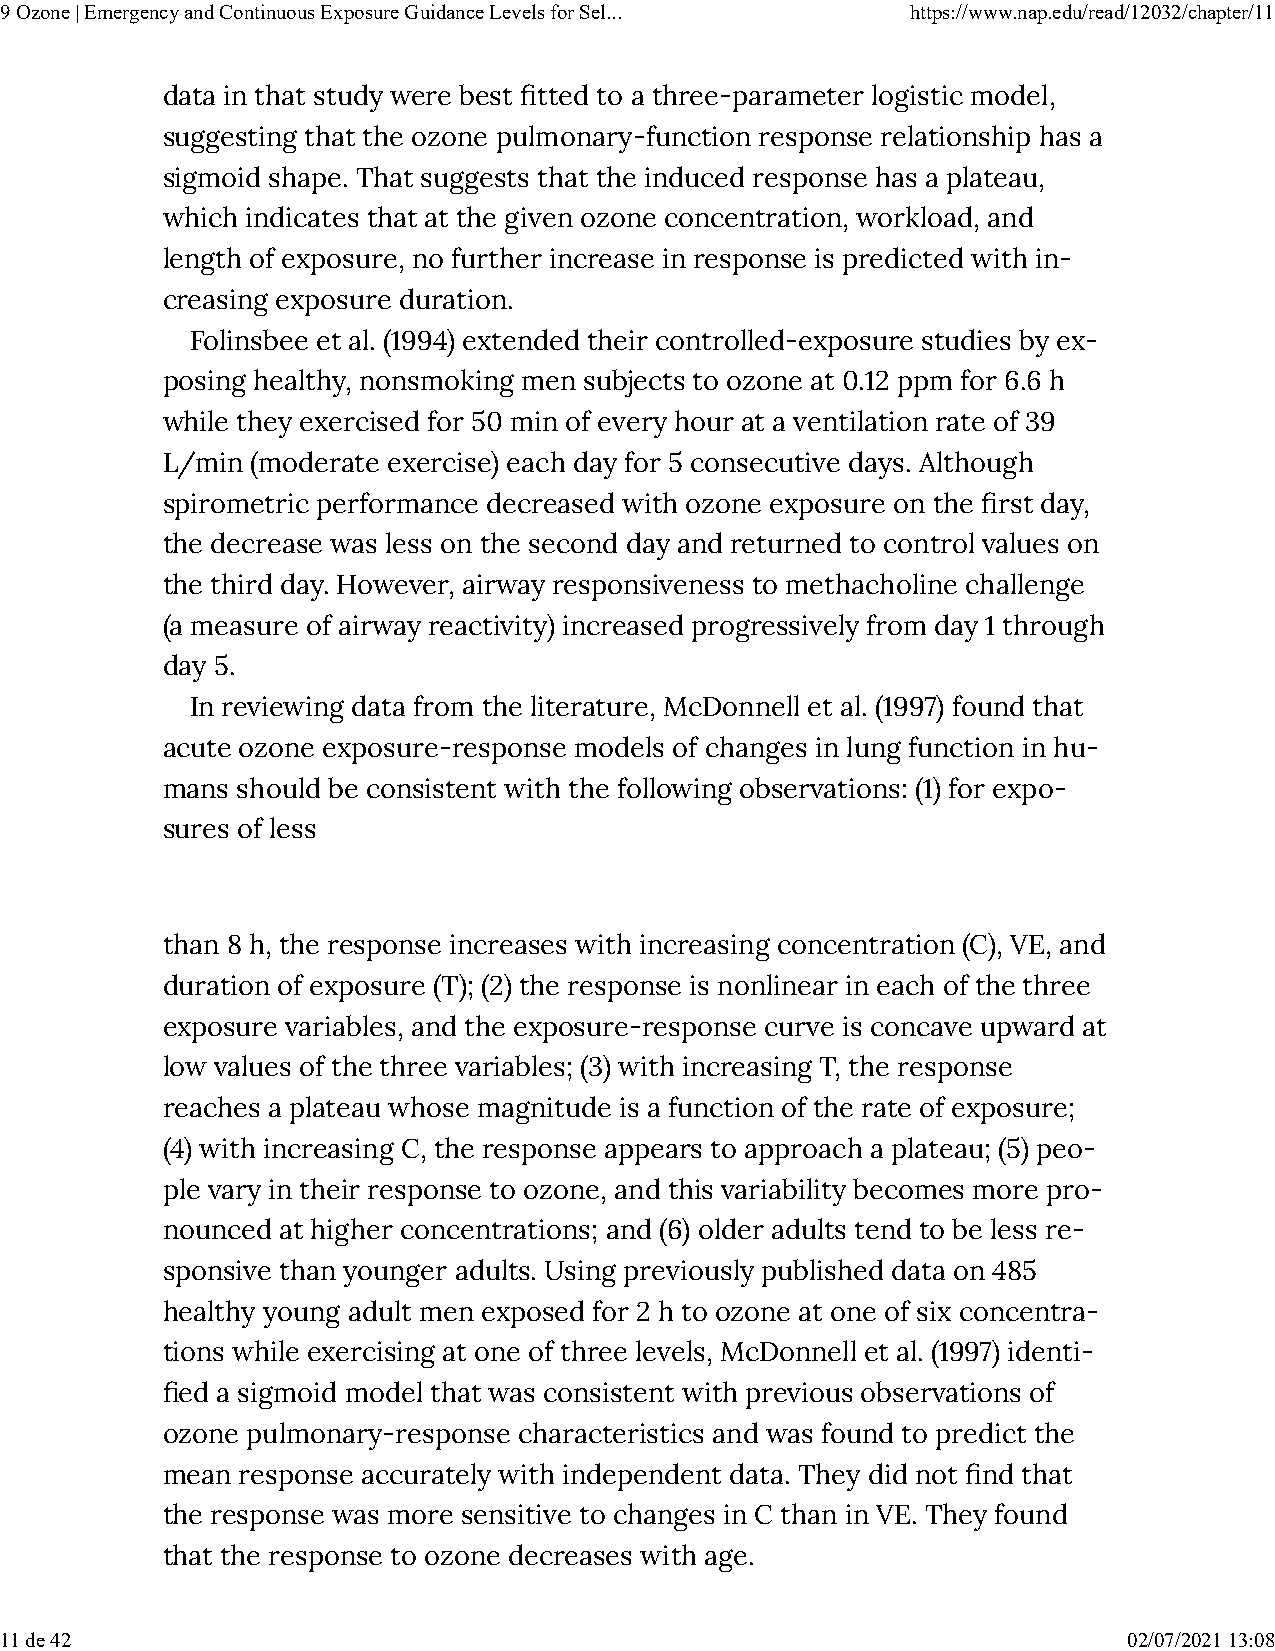
9 Ozone | Emergency and Continuous Exposure Guidance Levels for Sel... https://www.nap.edu/read/12032/chapter/11
 data in that study were best �tted to a three-parameter logistic model,
 suggesting that the ozone pulmonary-function response relationship has a
 sigmoid shape. That suggests that the induced response has a plateau,
 which indicates that at the given ozone concentration, workload, and
 length of exposure, no further increase in response is predicted with in-
 creasing exposure duration.
 Folinsbee et al. (1994) extended their controlled-exposure studies by ex-
 posing healthy, nonsmoking men subjects to ozone at 0.12 ppm for 6.6 h
 while they exercised for 50 min of every hour at a ventilation rate of 39
 L/min (moderate exercise) each day for 5 consecutive days. Although
 spirometric performance decreased with ozone exposure on the �rst day,
 the decrease was less on the second day and returned to control values on
 the third day. However, airway responsiveness to methacholine challenge
 (a measure of airway reactivity) increased progressively from day 1 through
 day 5.
 In reviewing data from the literature, McDonnell et al. (1997) found that
 acute ozone exposure-response models of changes in lung function in hu-
 mans should be consistent with the following observations: (1) for expo-
 sures of less
 than 8 h, the response increases with increasing concentration (C), VE, and
 duration of exposure (T); (2) the response is nonlinear in each of the three
 exposure variables, and the exposure-response curve is concave upward at
 low values of the three variables; (3) with increasing T, the response
 reaches a plateau whose magnitude is a function of the rate of exposure;
 (4) with increasing C, the response appears to approach a plateau; (5) peo-
 ple vary in their response to ozone, and this variability becomes more pro-
 nounced at higher concentrations; and (6) older adults tend to be less re-
 sponsive than younger adults. Using previously published data on 485
 healthy young adult men exposed for 2 h to ozone at one of six concentra-
 tions while exercising at one of three levels, McDonnell et al. (1997) identi-
 �ed a sigmoid model that was consistent with previous observations of
 ozone pulmonary-response characteristics and was found to predict the
 mean response accurately with independent data. They did not �nd that
 the response was more sensitive to changes in C than in VE. They found
 that the response to ozone decreases with age.
 11 de 42                                                                   02/07/2021 13:08